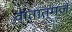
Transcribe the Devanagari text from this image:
वातात्मजं